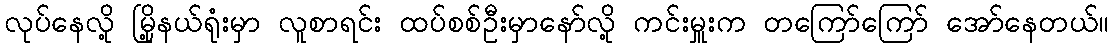
လုပ်နေလို့ မြို့နယ်ရုံးမှာ လူစာရင်း ထပ်စစ်ဦးမှာနော်လို့ ကင်းမှူးက တကြော်ကြော် အော်နေတယ်။